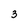
Character: 3